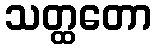
သတ္ထတော